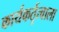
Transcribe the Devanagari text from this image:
कार्यकर्तृत्वाला